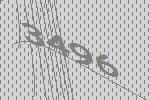
3496